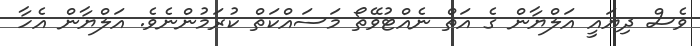
ވެސް ދިޔައީ އަލްޔާން ގެ އަތް ނެއްޓުވޭތޯ މަސައްކަތް ކުރަމުންނެވެ. އަލްޔާން އެހާ